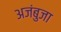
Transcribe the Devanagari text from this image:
अजंबुजा